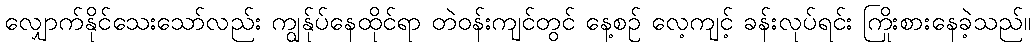
လျှောက်နိုင်သေးသော်လည်း ကျွန်ုပ်နေထိုင်ရာ တဲဝန်းကျင်တွင် နေ့စဉ် လေ့ကျင့် ခန်းလုပ်ရင်း ကြိုးစားနေခဲ့သည်။